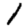
Digit: 1